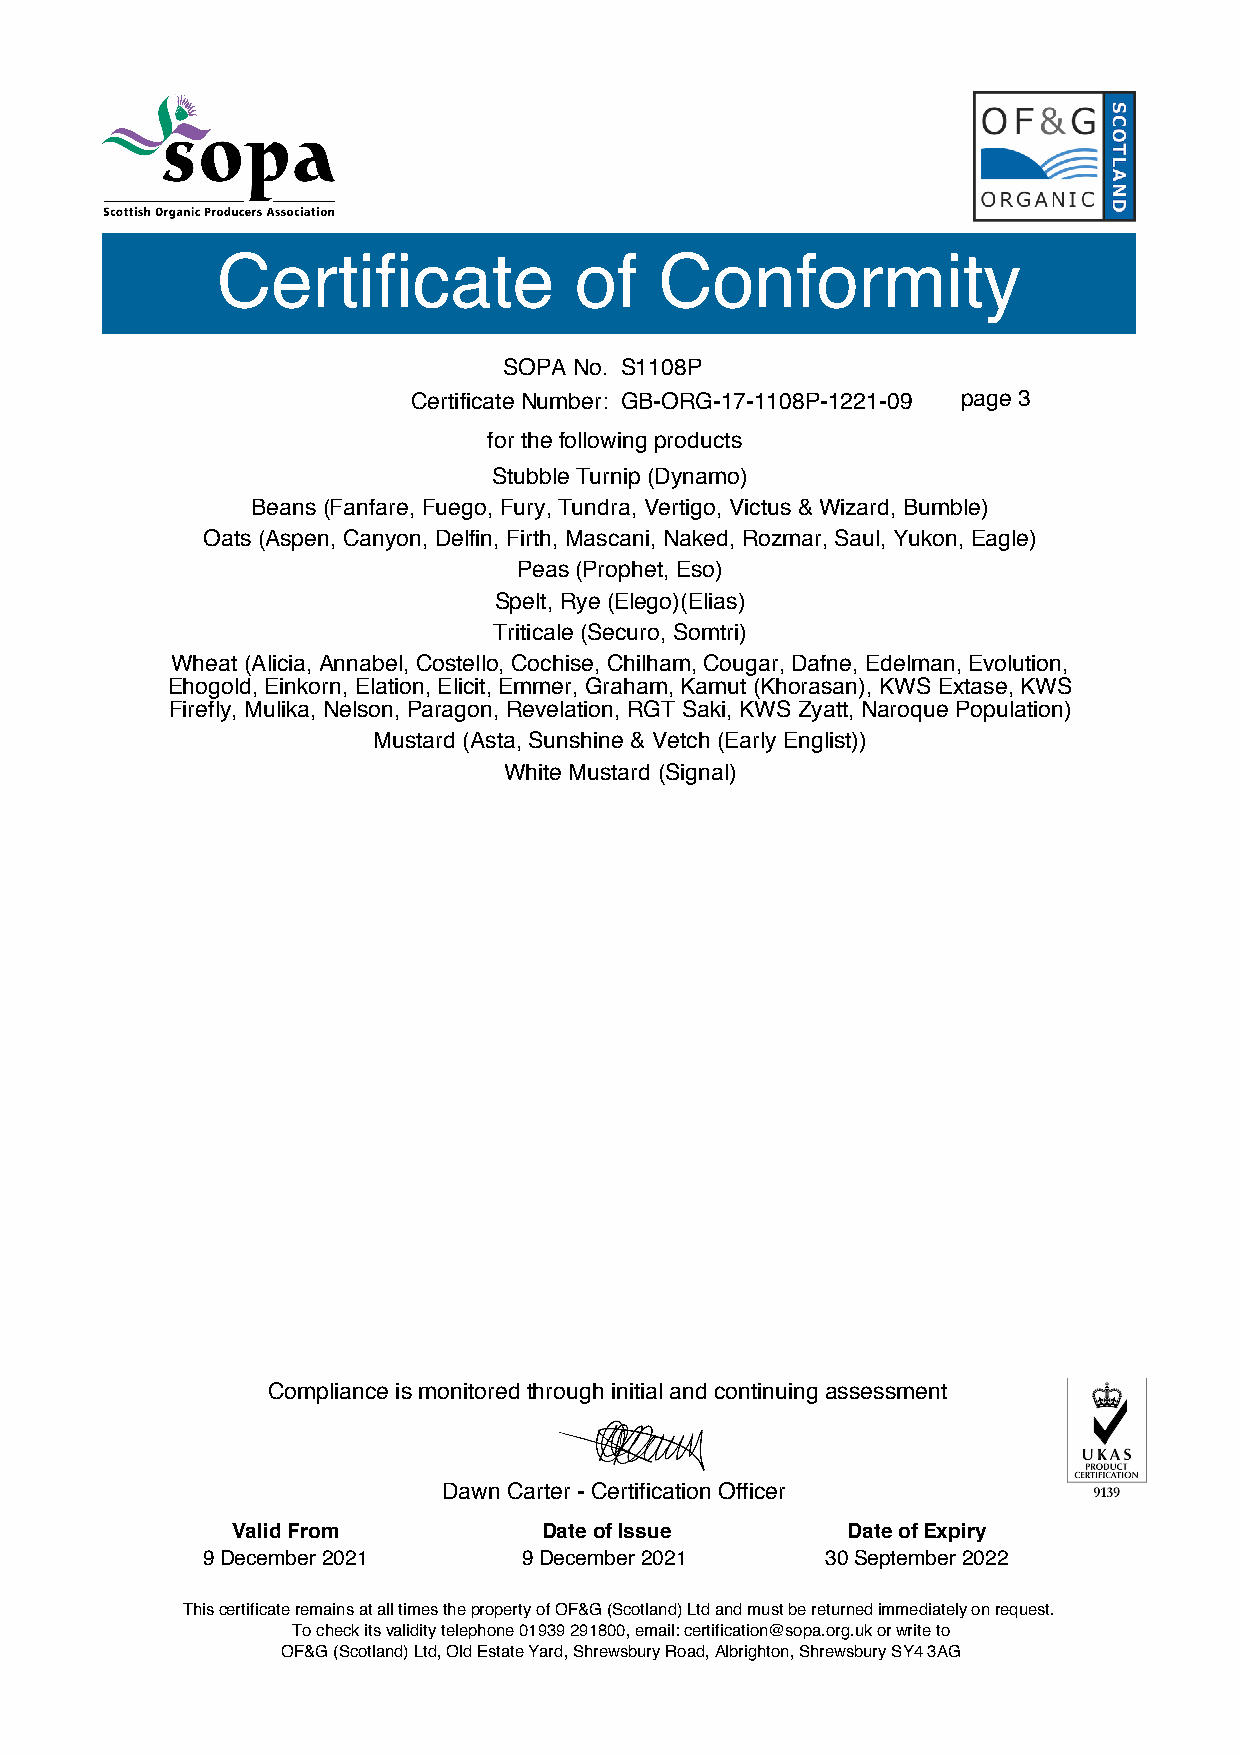
Certificate             of    Conformity
 SOPA No. S1108P
 Certificate Number: GB-ORG-17-1108P-1221-09 page 3
 for the following products
 Stubble Turnip (Dynamo)
 Beans (Fanfare, Fuego, Fury, Tundra, Vertigo, Victus & Wizard, Bumble)
 Oats (Aspen, Canyon, Delfin, Firth, Mascani, Naked, Rozmar, Saul, Yukon, Eagle)
 Peas (Prophet, Eso)
 Spelt, Rye (Elego)(Elias)
 Triticale (Securo, Somtri)
 Wheat (Alicia, Annabel, Costello, Cochise, Chilham, Cougar, Dafne, Edelman, Evolution,
 Ehogold, Einkorn, Elation, Elicit, Emmer, Graham, Kamut (Khorasan), KWS Extase, KWS
 Firefly, Mulika, Nelson, Paragon, Revelation, RGT Saki, KWS Zyatt, Naroque Population)
 Mustard (Asta, Sunshine & Vetch (Early Englist))
 White Mustard (Signal)
 Compliance is monitored through initial and continuing assessment
 Dawn Carter - Certification Officer
 Valid From           Date of Issue       Date of Expiry
 9 December 2021       9 December 2021     30 September 2022
 This certificate remains at all times the property of OF&G (Scotland) Ltd and must be returned immediately on request.
 To check its validity telephone 01939 291800, email: certification@sopa.org.uk or write to
 OF&G (Scotland) Ltd, Old Estate Yard, Shrewsbury Road, Albrighton, Shrewsbury SY4 3AG